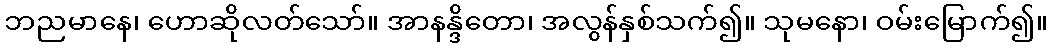
ဘညမာနေ၊ ဟောဆိုလတ်သော်။ အာနန္ဒိတော၊ အလွန်နှစ်သက်၍။ သုမနော၊ ဝမ်းမြောက်၍။